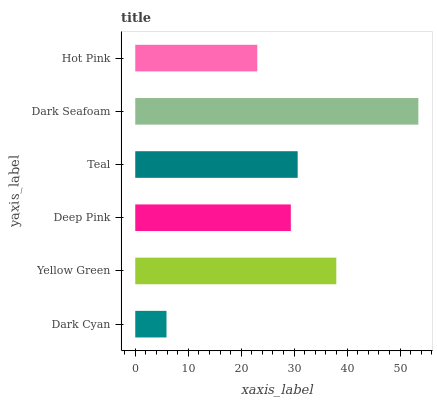
| yaxis_label | bars |
 | --- | --- |
 | Dark Cyan | 5.9 |
 | Yellow Green | 38 |
 | Deep Pink | 29.4 |
 | Teal | 30.7 |
 | Dark Seafoam | 53.4 |
 | Hot Pink | 23 |